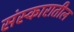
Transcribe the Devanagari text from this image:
संस्कारातील